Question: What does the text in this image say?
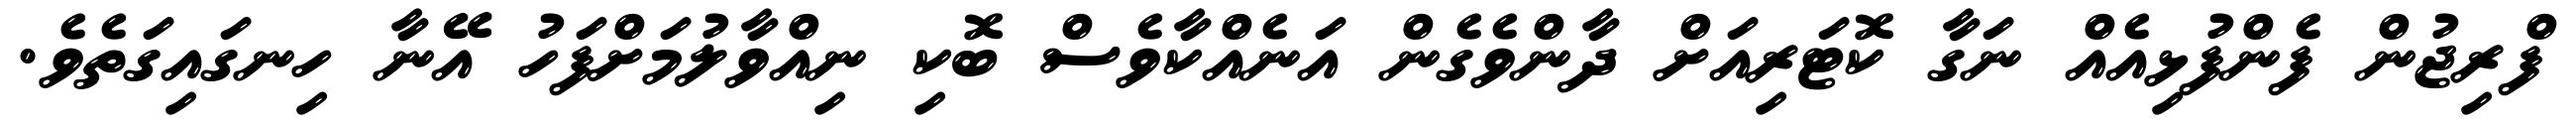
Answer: ފްރިޖުން ފެންފުޅިއެއް ނަގާ ކޮޓަރިއަށް ދާންވެގެން އަނެއްކާވެސް ބޮކި ނިއްވާލުމަށްފަހު އޭނާ ހިނގައިގަތެވެ.